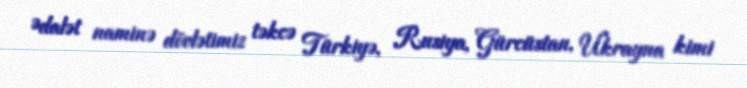
Ədalət naminə dövlətimiz təkcə Türkiyə, Rusiya, Gürcüstan, Ukrayna kimi